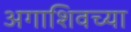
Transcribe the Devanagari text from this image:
अगाशिवच्या